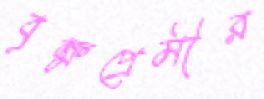
বৃক্ষপ্রেমীর